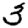
Digit: 3